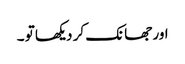
اور جھانک کر دیکھا تو ۔